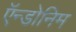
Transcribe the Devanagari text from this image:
ऍन्डोनिम